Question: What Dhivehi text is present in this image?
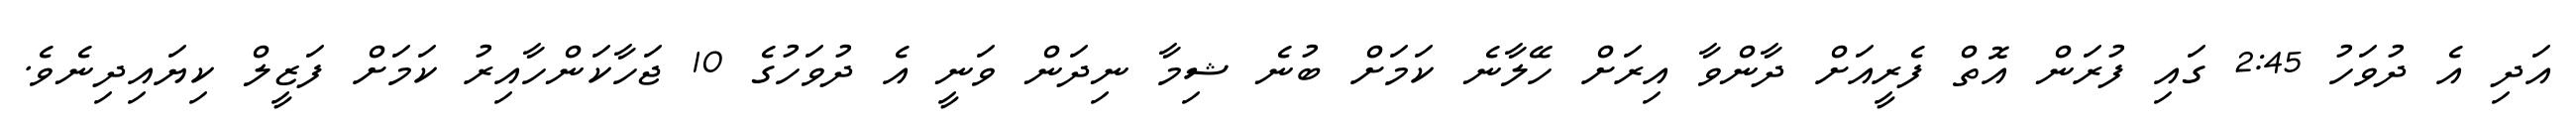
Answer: އަދި އެ ދުވަހު 2:45 ގައި ފުރަން އޮތް ފެރީއަށް ދާންވާ އިރަށް ހޭލާނެ ކަމަށް ބުނެ ޝިމާ ނިދަން ވަނީ އެ ދުވަހުގެ 10 ޖަހާކަންހާއިރު ކަމަށް ފަޒީލް ކިޔައިދިނެވެ.